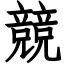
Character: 競